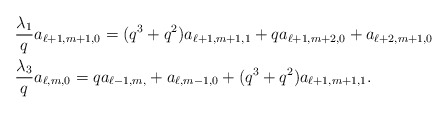
\begin{align*} &\frac{\lambda_1}{q}a_{\ell+1,m+1,0}=(q^3+q^2)a_{\ell+1,m+1,1}+qa_{\ell+1,m+2,0}+a_{\ell+2,m+1,0}\\ &\frac{\lambda_3}{q}a_{\ell,m,0}=qa_{\ell-1,m,}+a_{\ell,m-1,0}+(q^3+q^2)a_{\ell+1,m+1,1}. \end{align*}